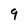
Character: 9